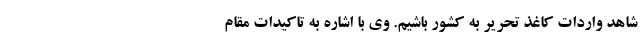
شاهد واردات کاغذ تحریر به کشور باشیم. وی با اشاره به تاکیدات مقام